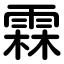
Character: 霖